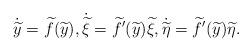
LaTeX: \begin{align*} \dot{ \widetilde{y} } = \widetilde{f} ( \widetilde{y} ) , \dot{ \widetilde{ \xi } } = \widetilde{f} ^\prime ( \widetilde{y} ) \widetilde{ \xi } , \dot{ \widetilde{ \eta } } = \widetilde{f} ^\prime ( \widetilde{y} ) \widetilde{ \eta } .\end{align*}